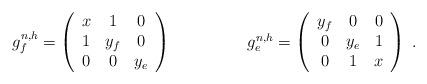
LaTeX: \begin{align*}\begin{array}{ccc}g^{n,h}_f =\left(\begin{array}{ccc}x&1&0\\1&y_f&0\\0&0&y_e\end{array}\right)&\hspace{.5in}&g^{n,h}_e =\left(\begin{array}{ccc}y_f&0&0\\0&y_e&1\\0&1&x\end{array}\right)\end{array}{}.\end{align*}